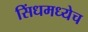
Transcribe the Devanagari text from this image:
सिंधमध्येच